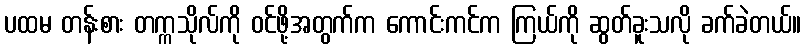
ပထမ တန်းစား တက္ကသိုလ်ကို ဝင်ဖို့အတွက်က ကောင်းကင်က ကြယ်ကို ဆွတ်ခူးသလို ခက်ခဲတယ်။